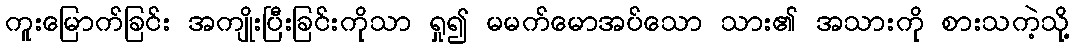
ကူးမြောက်ခြင်း အကျိုးပြီးခြင်းကိုသာ ရှု၍ မမက်မောအပ်သော သား၏ အသားကို စားသကဲ့သို့